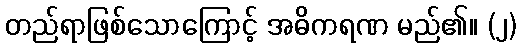
တည်ရာဖြစ်သောကြောင့် အဓိကရဏ မည်၏။ (၂)